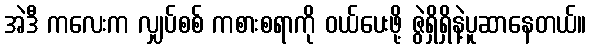
အဲဒီ ကလေးက လျှပ်စစ် ကစားစရာကို ဝယ်ပေးဖို့ ဇွဲရှိရှိနဲ့ပူဆာနေတယ်။